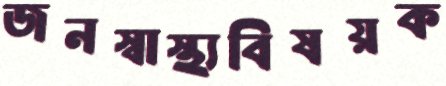
জনস্বাস্থ্যবিষয়ক